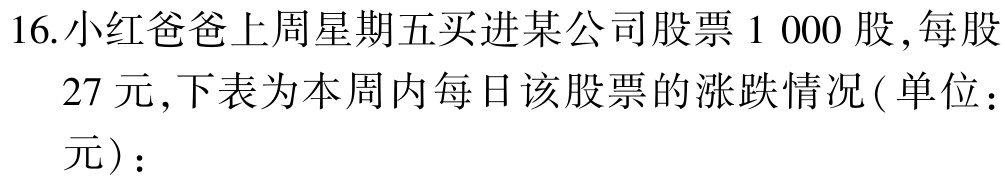
16.小红爸爸上周星期五买进某公司股票1 000股,每股

27 元,下表为本周内每日该股票的涨跌情况( 单位：

元)：